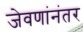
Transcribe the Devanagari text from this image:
जेवणांनंतर